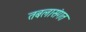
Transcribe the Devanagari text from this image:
तबलासंगत